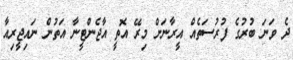
ދެ ވަނަ ބުރުގެ ފުރުސަތެއް އީރާނަށް މިރޭ އޮތީ އާޖެންޓީނާ އަތުން ނައިޖީރިއާ